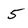
Character: 5